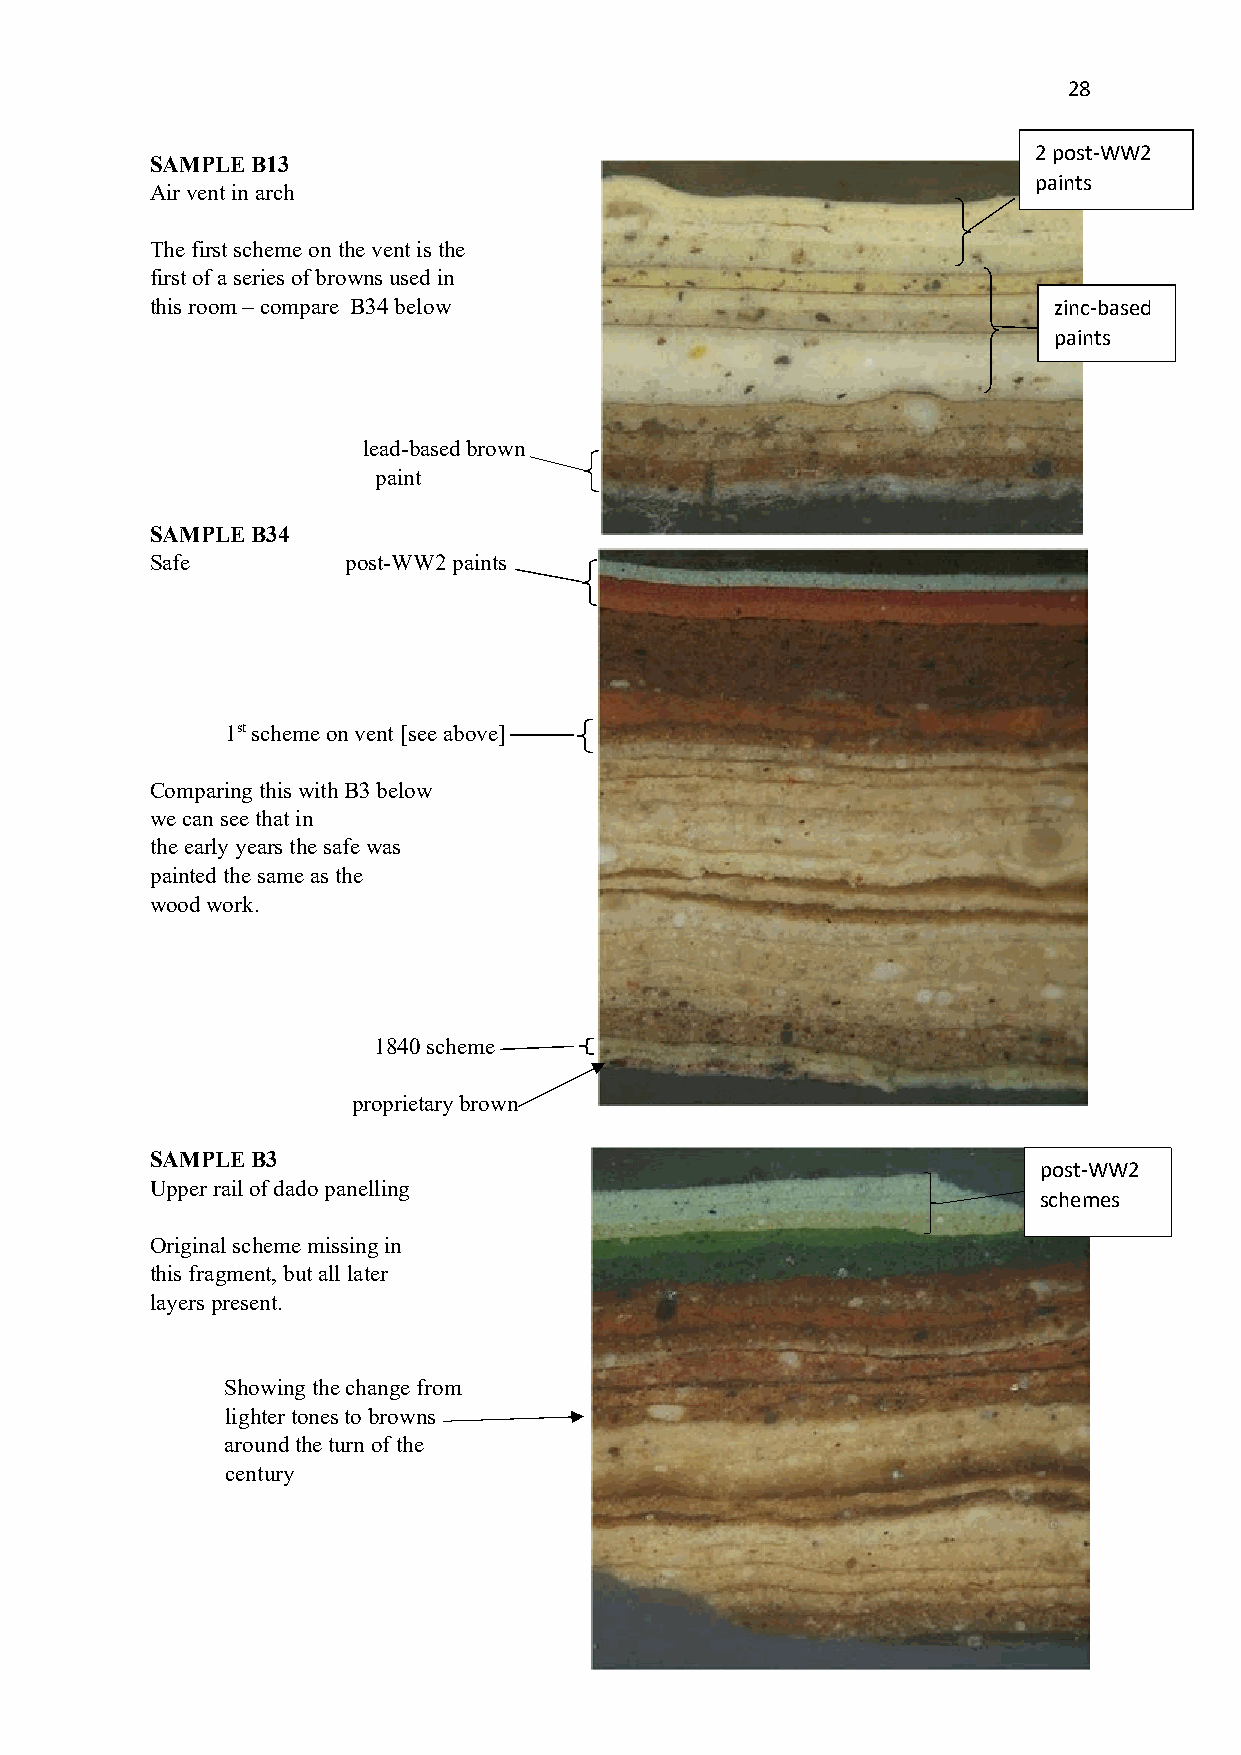
28
 2 post-WW2
 SAMPLE B13
 paints
 Air vent in arch
 The first scheme on the vent is the
 first of a series of browns used in
 this room – compare B34 below                               zinc-based
 paints
 lead-based brown
 paint
 SAMPLE B34
 Safe         post-WW2 paints
 1st scheme on vent [see above]
 Comparing this with B3 below
 we can see that in
 the early years the safe was
 painted the same as the
 wood work.
 1840 scheme
 proprietary brown
 SAMPLE B3
 post-WW2
 Upper rail of dado panelling
 schemes
 Original scheme missing in
 this fragment, but all later
 layers present.
 Showing the change from
 lighter tones to browns
 around the turn of the
 century